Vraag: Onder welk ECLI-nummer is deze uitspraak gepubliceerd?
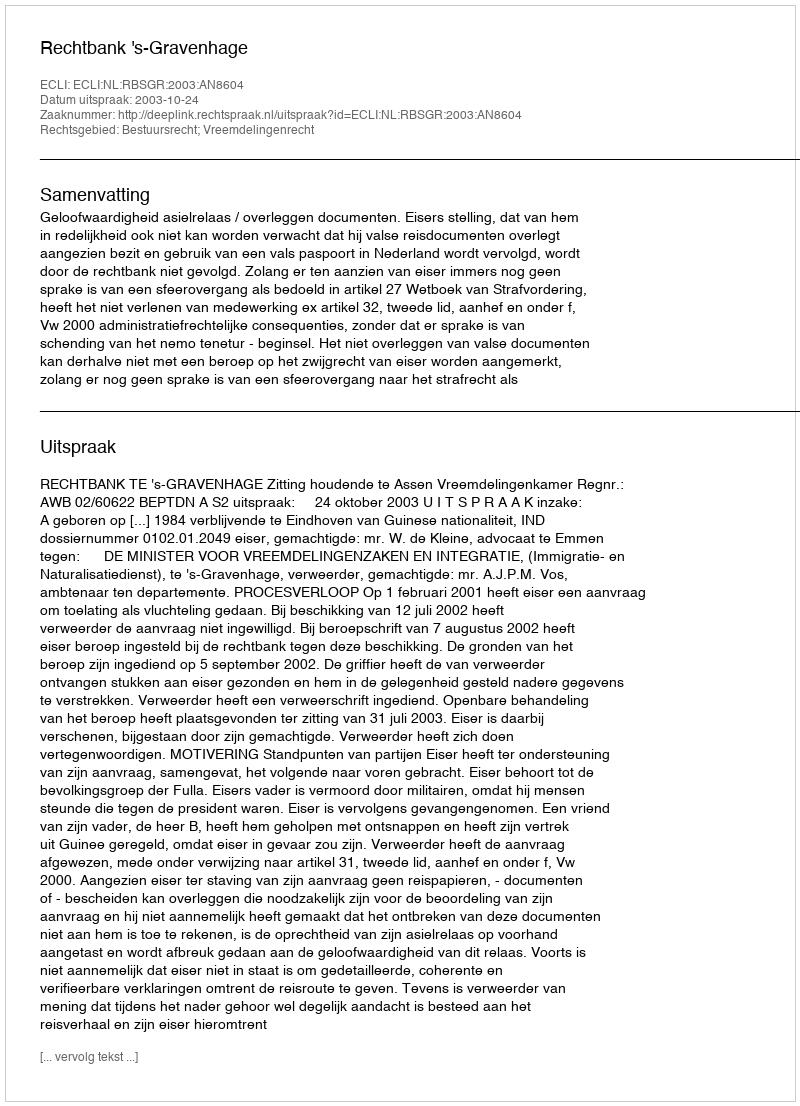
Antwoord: ECLI:NL:RBSGR:2003:AN8604